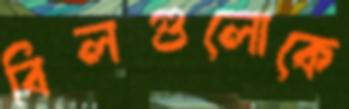
বিলগুলোকে